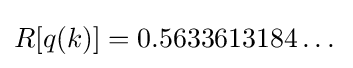
R[q(k)]=0.5633613184\dots